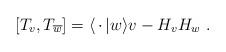
LaTeX: \begin{align*}[ T_v, T_{\overline w} ] = \langle \, \cdot \, | w\rangle v - H_v H_w \ .\end{align*}